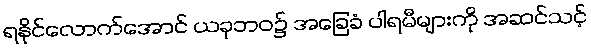
ရနိုင်လောက်အောင် ယခုဘဝ၌ အခြေခံ ပါရမီများကို အဆင်သင့်